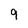
Character: 9